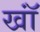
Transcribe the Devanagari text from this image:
खॉं